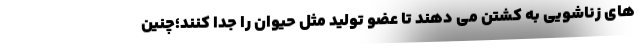
های زناشویی به کشتن می‌ دهند تا عضو تولید مثل حیوان را جدا کنند؛چنین